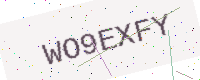
Text: WO9EXFY